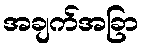
အချက်အခြာ